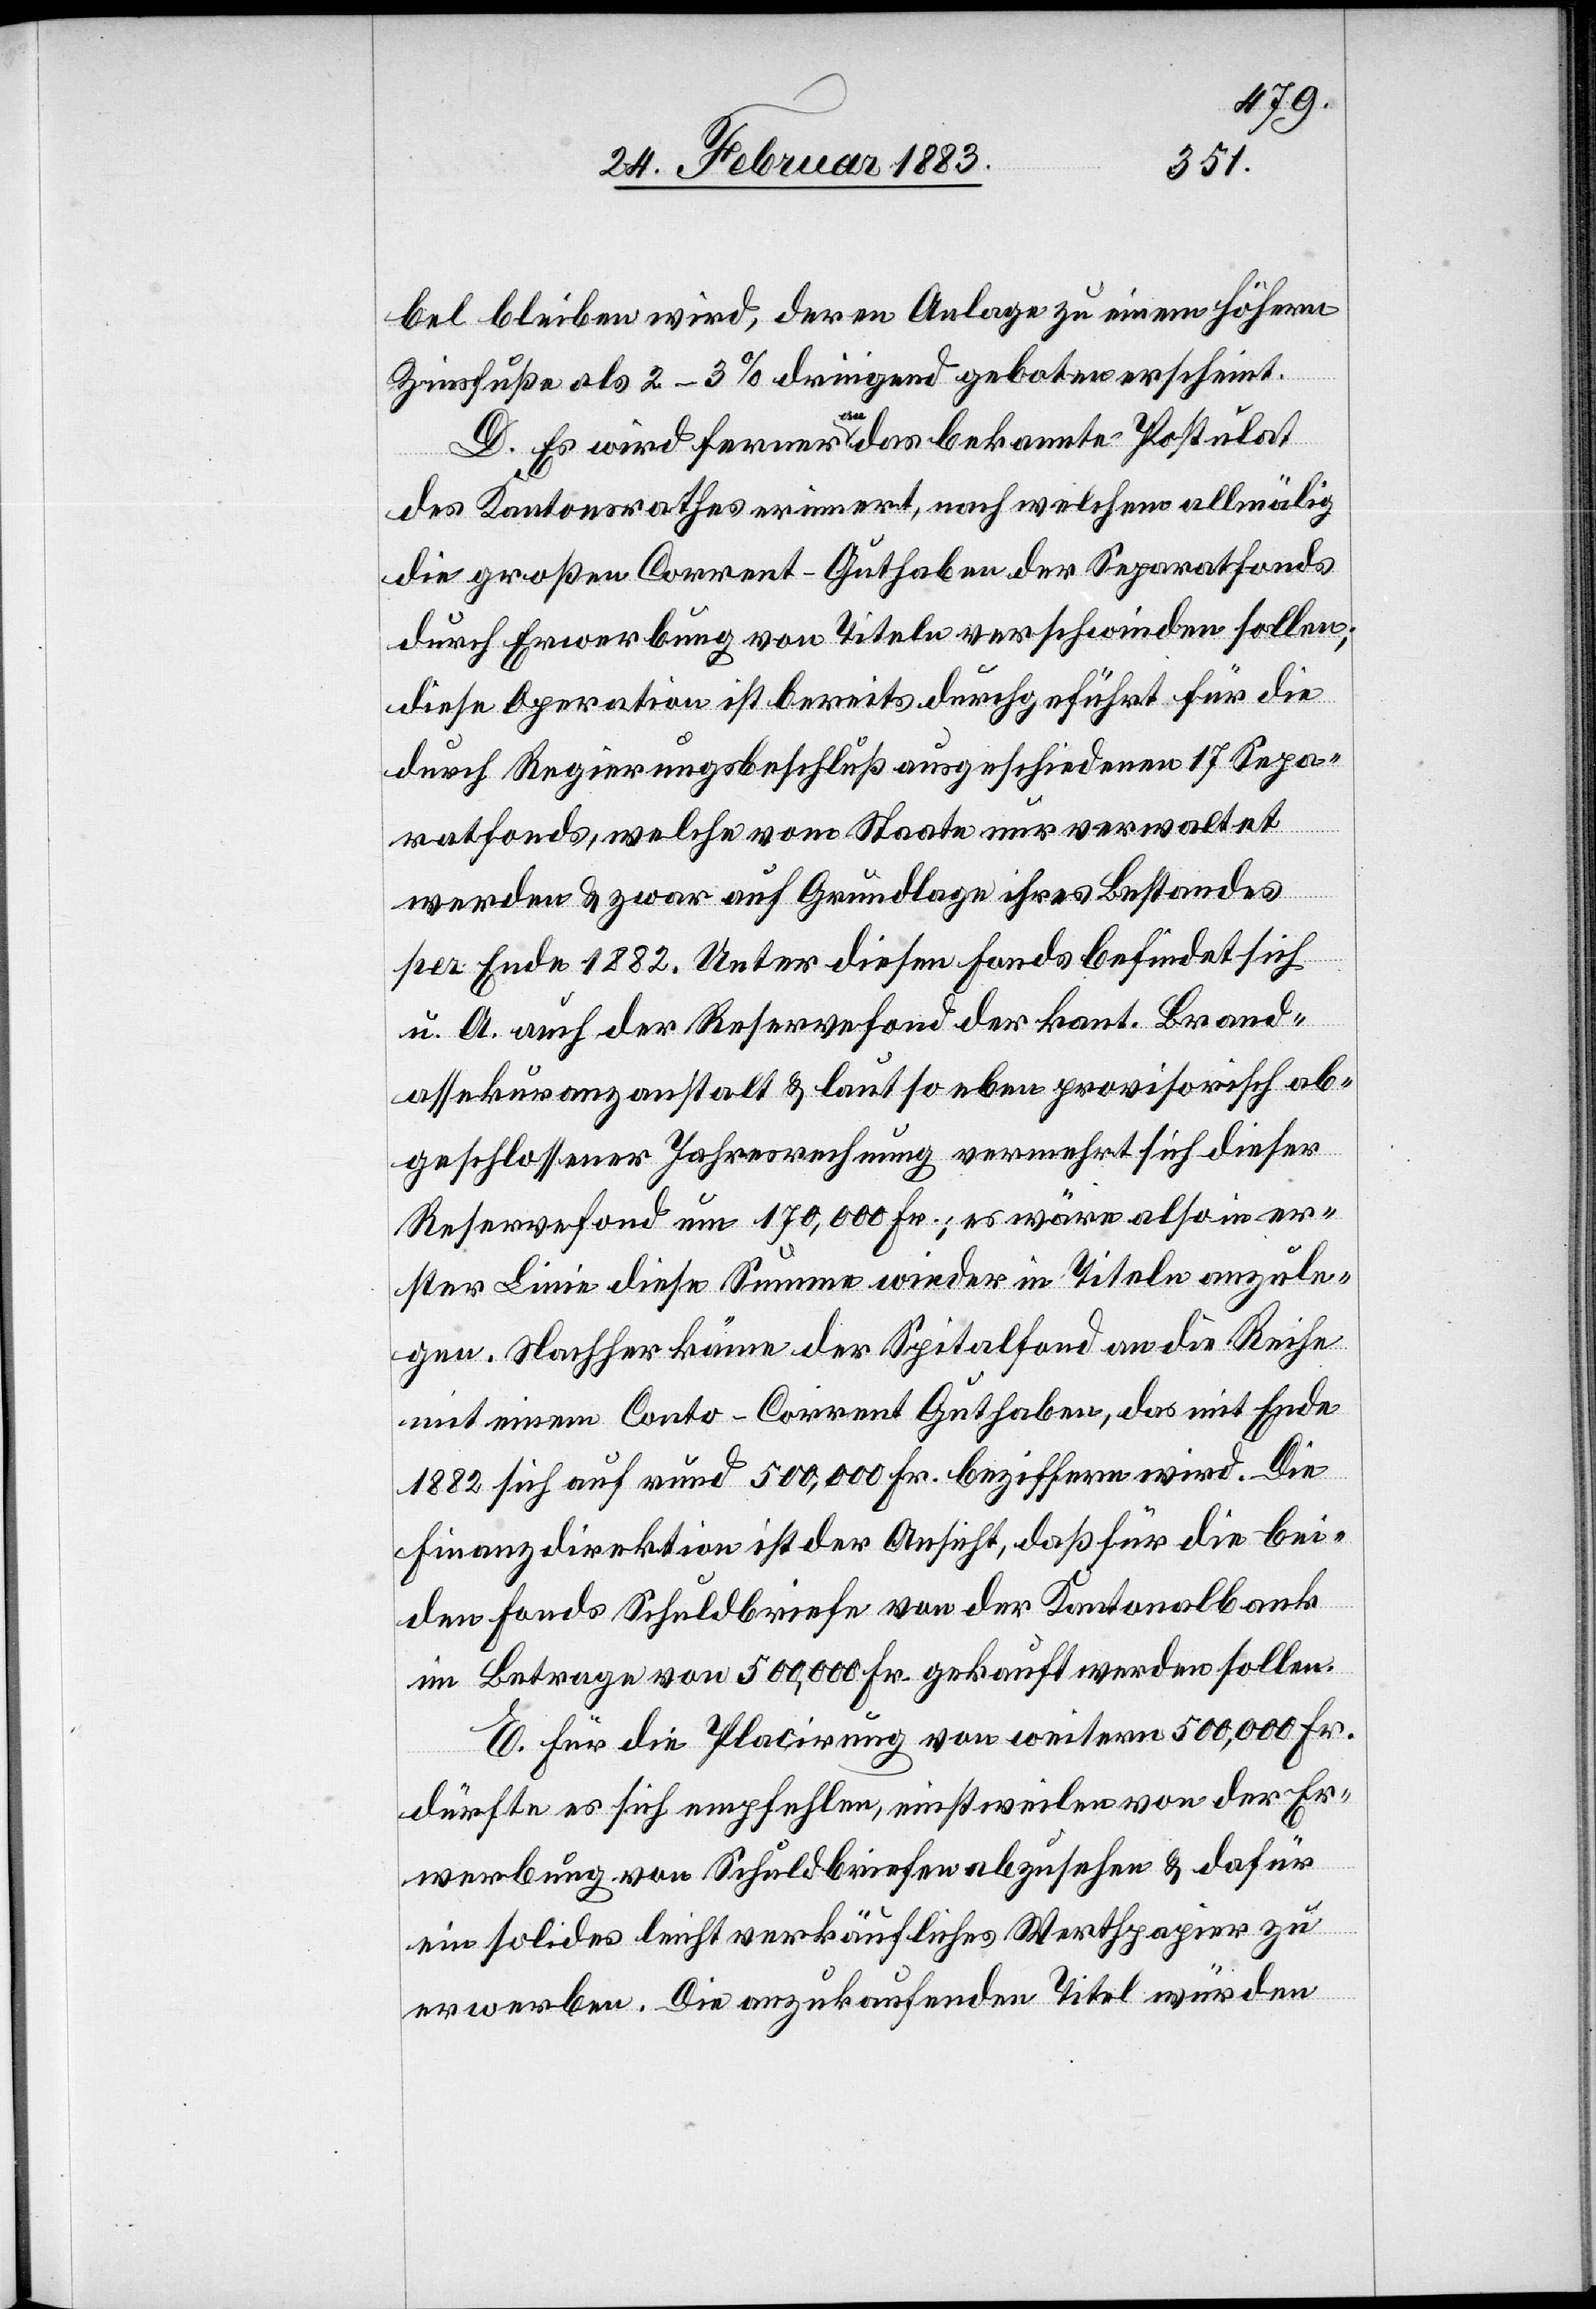
bel bleiben wird, deren Anlage zu einem höhern
Zinsfuße als 2–3% dringend geboten erscheint.
D. Es wird ferner an das bekannte Postulat
des Kantonsrathes erinnert, nach welchem allmälig
die großen Corrent-Guthaben der Separatfonds
durch Erwerbung von Titeln verschwinden sollen;
diese Operation ist bereits durchgeführt für die
durch Regierungsbeschluß ausgeschiedenen 17 Sepa¬
ratfonds, welche vom Staate nur verwaltet
werden & zwar auf Grundlage ihres Bestandes
per Ende 1882. Unter diesen Fonds befindet sich
u. A. auch der Reservefond der kant. Brand¬
assekuranzanstalt & laut so eben provisorisch ab¬
geschlossener Jahresrechnung vermehrt sich dieser
Reservefond um 170,000 Fr.; es wäre also in er¬
ster Linie diese Summe wieder in Titeln anzule¬
gen. Nachher käme der Spitalfond an die Reihe
mit einem Conto-Corrent Guthaben, das mit Ende
1882 sich auf rund 500,000 Fr. beziffern wird. Die
Finanzdirektion ist der Ansicht, daß für die bei¬
den Fonds Schuldbriefe von der Kantonalbank
im Betrage von 500,000 Fr. gekauft werden sollen.
E. Für die Placierung von weitern 500,000 Fr.
dürfte es sich empfehlen, einstweilen von der Er¬
werbung von Schuldbriefen abzusehen & dafür
ein solides leicht verkäufliches Werthpapier zu
erwerben. Die anzukaufenden Titel würden